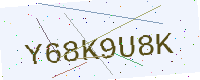
Text: Y68K9U8K